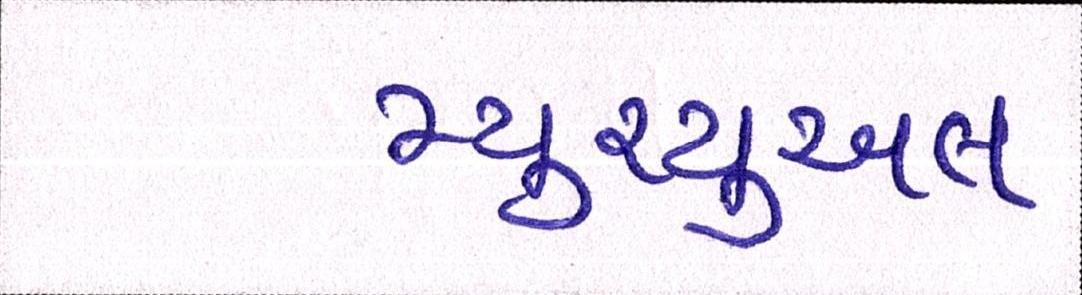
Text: મ્યુચ્યુઅલ